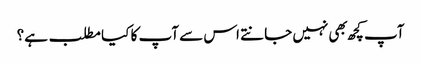
آپ کچھ بهی نہیں جانتے اس سے آپ کا کیا مطلب ہے؟